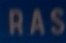
RAS